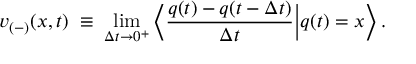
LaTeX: v _ { ( - ) } ( x , t ) \; \equiv \; \operatorname * { l i m } _ { \Delta t \rightarrow 0 ^ { + } } \Big \langle \frac { q ( t ) - q ( t - \Delta t ) } { \Delta t } \Big | q ( t ) = x \Big \rangle \, .